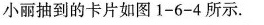
小丽抽到的卡片如图1-6-4所示.